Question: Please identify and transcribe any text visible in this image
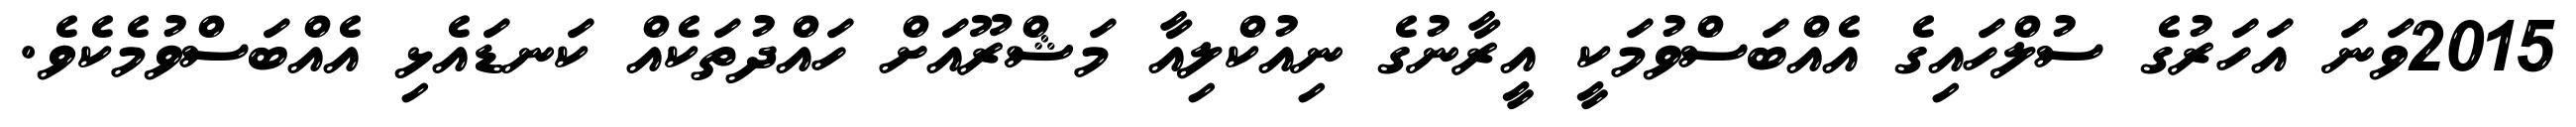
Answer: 2015ވަނަ އަހަރުގެ ސުލްހައިގެ އެއްބަސްވުމަކީ އީރާނުގެ ނިއުކްލިއާ މަޝްރޫއަށް ހައްދުތަކެއް ކަނޑައެޅި އެއްބަސްވުމެކެވެ.